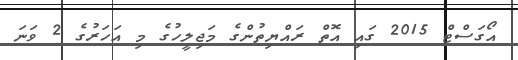
އޯގަސްޓް 2015 ގައި އޮތް ރައްޔިތުންގެ މަޖިލީހުގެ މި އަހަރުގެ 2 ވަނަ